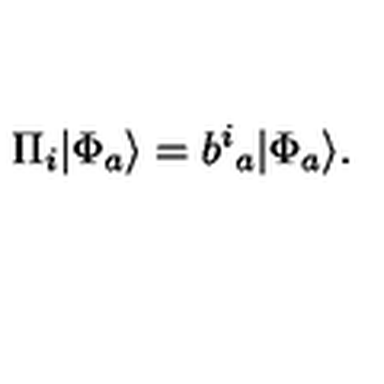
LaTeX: \Pi _ { i } | \Phi _ { a } \rangle = b ^ { i } { } _ { a } | \Phi _ { a } \rangle .